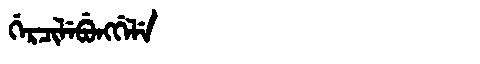
Manchu: ᡤᡝᡵᠴᡳᠯᡝᠪᡠᠩᡤᡝᠯᡝ
Romanization: GERCILEBUNGGELE